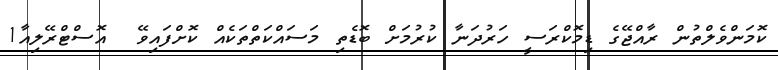
ކޮމަންވެލްތުން ރާއްޖޭގެ ޑިމޮކްރަސީ ހަރުދަނާ ކުރުމަށް ބޮޑެތި މަސައްކަތްތަކެއް ކޮށްފައިވޭ  އޮސްޓްރޭލިއާ1